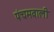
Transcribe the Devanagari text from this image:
पंचमवाली